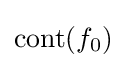
\operatorname {cont} (f_{0})